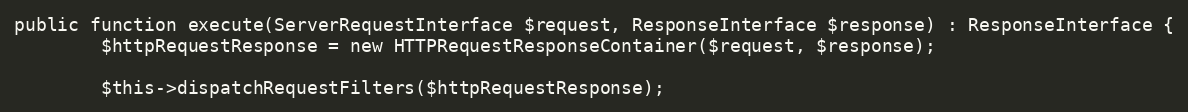
Language: PHP
public function execute(ServerRequestInterface $request, ResponseInterface $response) : ResponseInterface {
		$httpRequestResponse = new HTTPRequestResponseContainer($request, $response);

		$this->dispatchRequestFilters($httpRequestResponse);